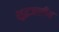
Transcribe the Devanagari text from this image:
शुद्धजलीय